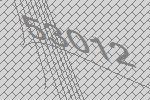
53012